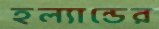
হল্যান্ডের